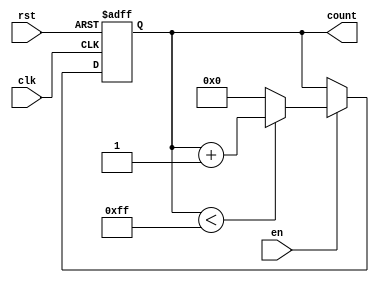
module memory_blocks_binary_counter #(
    parameter WIDTH = 8,         // Bit width of the counter
    parameter INIT_VAL = 0,      // Initial value of the counter
    parameter MAX_VAL = (1 << WIDTH) - 1 // Maximum count value (based on WIDTH)
)(
    input wire clk,              // Clock signal
    input wire rst,              // Asynchronous reset signal
    input wire en,               // Enable signal
    output reg [WIDTH-1:0] count // Current count value
);

    // Process that handles the counting logic
    always @(posedge clk or posedge rst) begin
        if (rst) begin
            // Asynchronous reset to initial value
            count <= INIT_VAL;
        end else if (en) begin
            // Increment counter and wrap around when reaching max value
            if (count < MAX_VAL) begin
                count <= count + 1;
            end else begin
                count <= INIT_VAL; // Wrap around to initial value
            end
        end
    end

endmodule